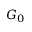
G _ { 0 }